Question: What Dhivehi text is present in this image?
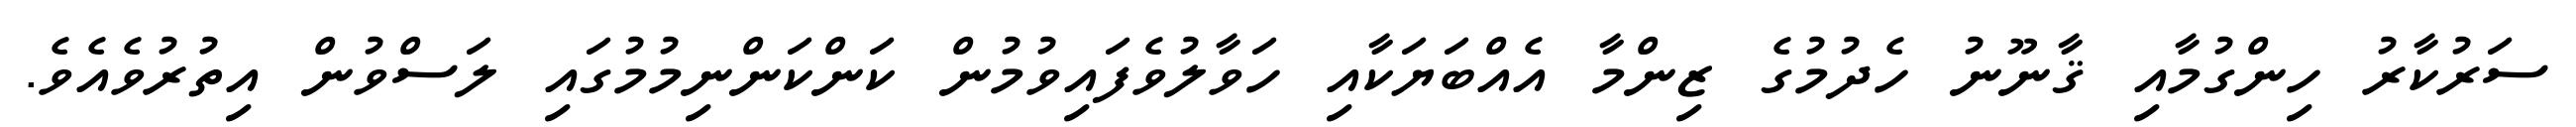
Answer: ސަރުކާރު ހިންގުމާއި ޤާނޫނު ހެދުމުގެ ޒިންމާ އެއްބަޔަކާއި ހަވާލުވެފައިވުމުން ކަންކަންނިމުމުގައި ލަސްވުން އިތުރުވެއެވެ.